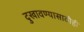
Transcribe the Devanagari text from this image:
दुखावण्यासाठीही